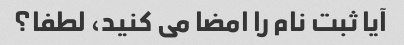
آیا ثبت نام را امضا می کنید، لطفا؟